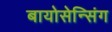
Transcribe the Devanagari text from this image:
बायोसेन्सिंग